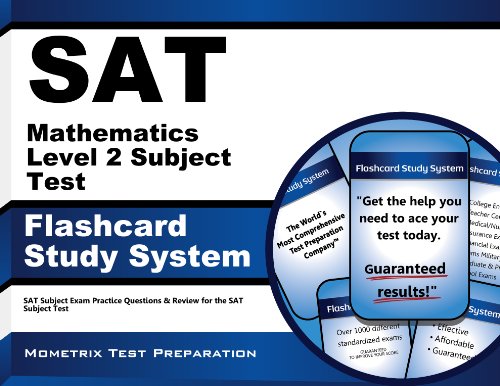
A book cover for SAT Mathematics Level 2 Subject Test Flashcard Study System: SAT Subject Exam Practice Questions & Review for the SAT Subject Test (Cards); SAT Subject Exam Secrets Test Prep Team; Test Preparation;